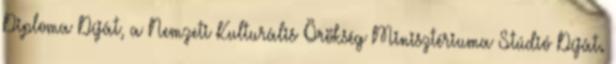
Diploma Díját, a Nemzeti Kulturális Örökség Minisztériuma Stúdió Díját.